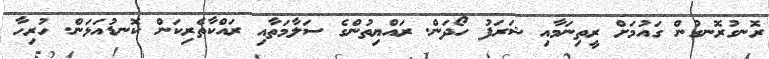
ރޮނގުރޮނގުން ގައުމަށް ރީތިނަމާއި ޝަރަފު ހޯދަން. ރައްޔިތުންގެ ސަލާމަތާއި ރައްކާތެރިކަން ކޮނޑުއަޅަން. ހުރިހާ